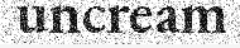
uncream